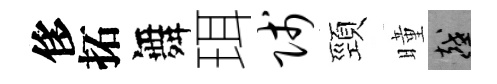
侈拓舞珥贱頸曈越